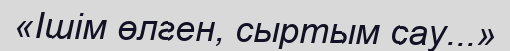
«Ішім өлген, сыртым сау...»